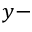
y -